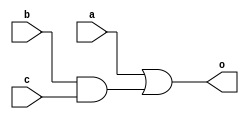
module top(a, b, c, o);
  input a, b, c;
  output o;
  and eco1 (patchNew_n1, b, c);
  or eco2 (o, a, patchNew_n1);
endmodule